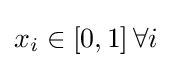
x_{i}\in [0,1]\,\forall i